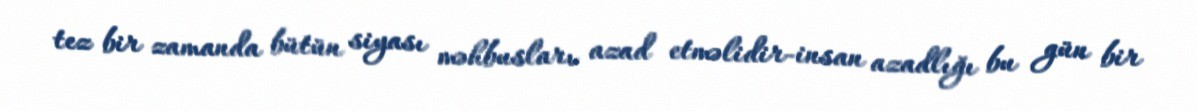
tez bir zamanda bütün siyası məhbusları azad etməlidir-insan azadlığı bu gün bir